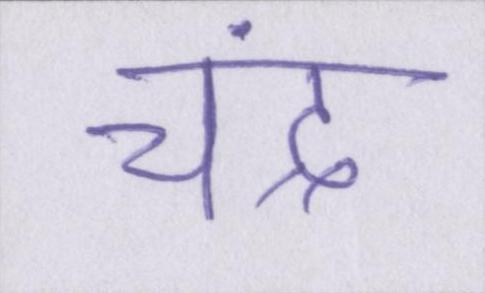
चंद्र